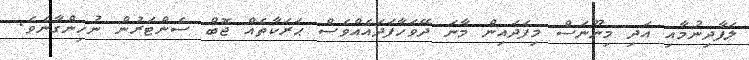
ލަފާދިނުމާއި އަދި މިނޫނަސް މިފަދައިން މާނަ ދޭވަހާފަދައެއްވެސް ޙަރަކާތެއް ޖޮބް ސެންޓަރުން ނުހިންގާނެވެ.